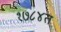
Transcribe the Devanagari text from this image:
१७८४त